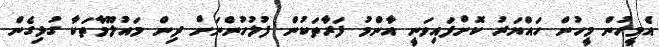
އެމީހުން މީހުން ހައްޔަރު ކޮށްފައިވަނީ އާންމު ފަރާތަކުން ފުލުހުންނަށް ދިން މައުލޫމާތަކާ ގުޅިގެން